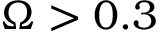
\Omega > 0 . 3